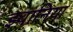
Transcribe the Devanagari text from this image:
झ्वानिया